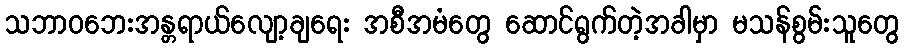
သဘာဝဘေးအန္တရာယ်လျော့ချရေး အစီအမံတွေ ဆောင်ရွက်တဲ့အခါမှာ မသန်စွမ်းသူတွေ